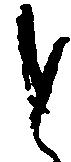
と